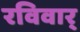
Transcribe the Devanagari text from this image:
रविवार्